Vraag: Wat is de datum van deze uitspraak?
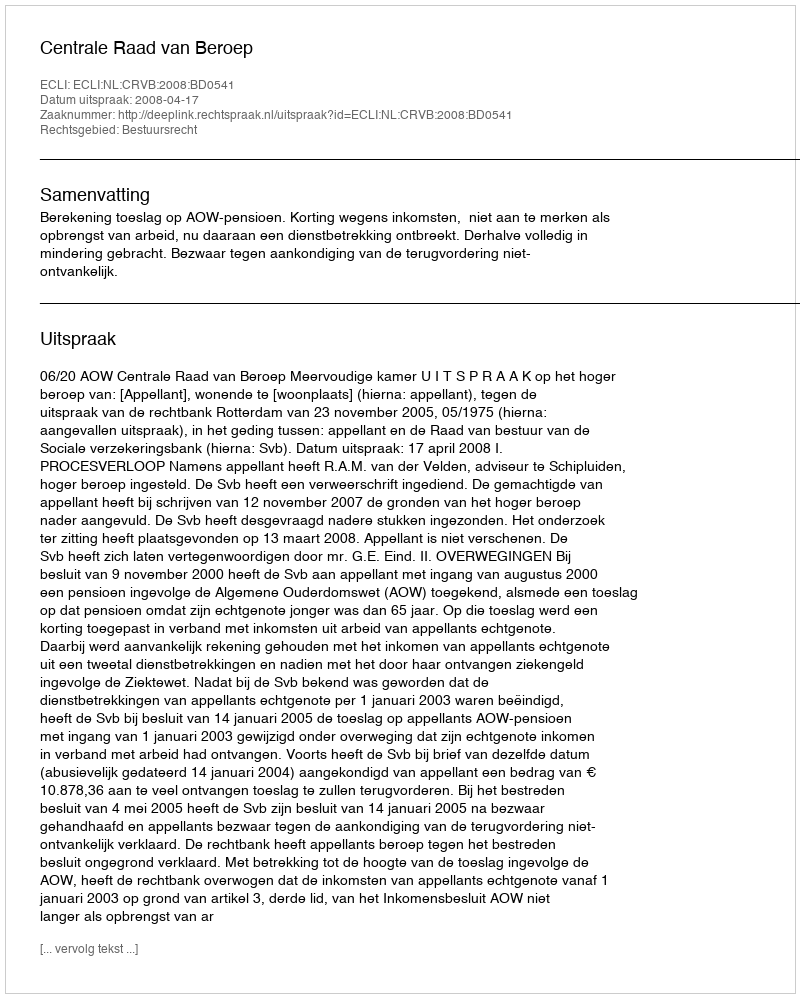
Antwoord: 2008-04-17